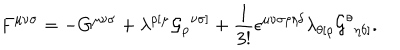
F ^ { { \mu } { \nu } { \sigma } } = - G ^ { { \mu } { \nu } { \sigma } } + { \lambda } ^ { { \rho } [ { \mu } } { { \cal G } _ { \rho } } ^ { { \nu } { \sigma } ] } + { \frac { 1 } { 3 ! } } { \epsilon } ^ { { \mu } { \nu } { \sigma } { \rho } { \eta } { \delta } } { \lambda } _ { { \theta } [ { \rho } } { { \cal G } ^ { \theta } } _ { { \eta } { \delta } ] } .